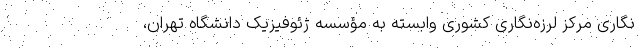
‌نگاری مرکز لرزه‌نگاری کشوری وابسته به مؤسسه ژئوفیزیک دانشگاه تهران،